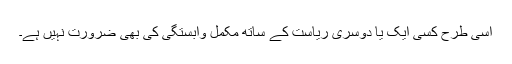
اسی طرح کسی ایک یا دوسری ریاست کے ساتھ مکمل وابستگی کی بھی ضرورت نہیں ہے۔